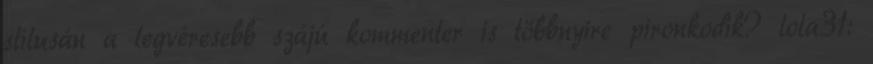
stílusán a legvéresebb szájú kommenter is többnyire pironkodik? lola31: